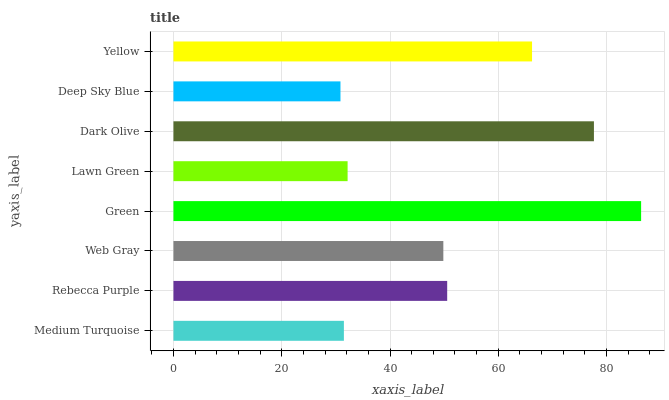
| yaxis_label | bars |
 | --- | --- |
 | Medium Turquoise | 31.5 |
 | Rebecca Purple | 50.6 |
 | Web Gray | 49.9 |
 | Green | 86.4 |
 | Lawn Green | 32.2 |
 | Dark Olive | 77.7 |
 | Deep Sky Blue | 30.9 |
 | Yellow | 66.2 |